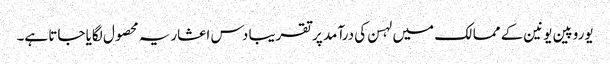
یوروپین یونین کے ممالک میں لہسن کی درآمد پر تقریبا دس اعشاریہ محصول لگایا جاتا ہے۔